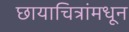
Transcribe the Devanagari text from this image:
छायाचित्रांमधून